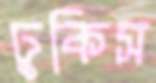
ঢুকিস